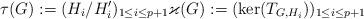
LaTeX: \begin{align*}\tau(G):=(H_i/H_i^\prime)_{1\le i\le p+1} \varkappa(G):=(\ker(T_{G,H_i}))_{1\le i\le p+1}\end{align*}